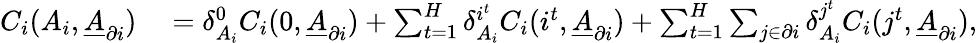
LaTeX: \begin{array}{rl}{C_{i}(A_{i},\underline{{A}}_{\partial i})}&{{}=\delta_{A_{i}}^{0}C_{i}(0,\underline{{A}}_{\partial i})+\sum_{t=1}^{H}\delta_{A_{i}}^{i^{t}}C_{i}(i^{t},\underline{{A}}_{\partial i})+\sum_{t=1}^{H}\sum_{j\in\partial i}\delta_{A_{i}}^{j^{t}}C_{i}(j^{t},\underline{{A}}_{\partial i}),}\end{array}